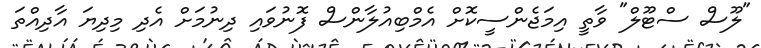
"ލޫސް ސްޓޫލް" ވާތީ އިމަޖެންސީކޮށް އެމްބިއުލާންސް ފޮނުވައި ދިނުމަށް އެދި މިިދިޔަ އާދިއްތަ